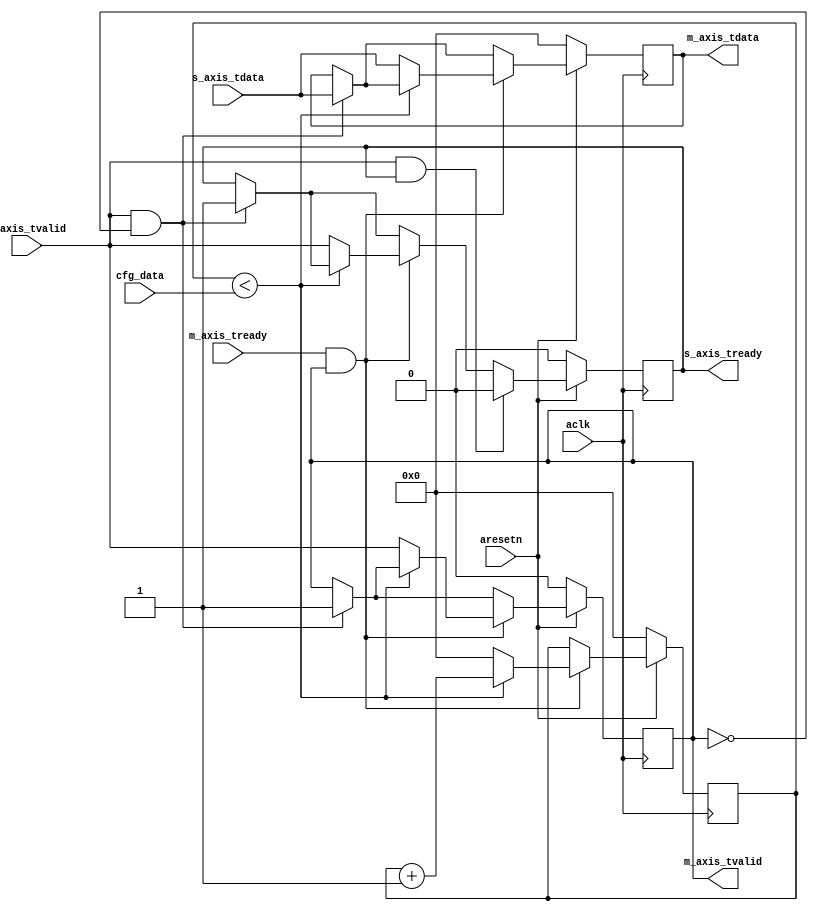
module axis_interpolator #
(
  parameter integer AXIS_TDATA_WIDTH = 32,
  parameter integer CNTR_WIDTH = 32
)
(
  // System signals
  input  wire                        aclk,
  input  wire                        aresetn,

  input  wire [CNTR_WIDTH-1:0]       cfg_data,

  // Slave side
  output wire                        s_axis_tready,
  input  wire [AXIS_TDATA_WIDTH-1:0] s_axis_tdata,
  input  wire                        s_axis_tvalid,

  // Master side
  input  wire                        m_axis_tready,
  output wire [AXIS_TDATA_WIDTH-1:0] m_axis_tdata,
  output wire                        m_axis_tvalid
);

  reg [AXIS_TDATA_WIDTH-1:0] int_tdata_reg, int_tdata_next;
  reg [CNTR_WIDTH-1:0] int_cntr_reg, int_cntr_next;
  reg int_tvalid_reg, int_tvalid_next;
  reg int_tready_reg, int_tready_next;

  always @(posedge aclk)
  begin
    if(~aresetn)
    begin
      int_tdata_reg <= {(AXIS_TDATA_WIDTH){1'b0}};
      int_tvalid_reg <= 1'b0;
      int_tready_reg <= 1'b0;
      int_cntr_reg <= {(CNTR_WIDTH){1'b0}};
    end
    else
    begin
      int_tdata_reg <= int_tdata_next;
      int_tvalid_reg <= int_tvalid_next;
      int_tready_reg <= int_tready_next;
      int_cntr_reg <= int_cntr_next;
    end
  end

  always @*
  begin
    int_tdata_next = int_tdata_reg;
    int_tvalid_next = int_tvalid_reg;
    int_tready_next = int_tready_reg;
    int_cntr_next = int_cntr_reg;

    if(s_axis_tvalid & ~int_tvalid_reg)
    begin
      int_tdata_next = s_axis_tdata;
      int_tvalid_next = 1'b1;
      int_tready_next = 1'b1;
    end

    if(m_axis_tready & int_tvalid_reg)
    begin
      if(int_cntr_reg < cfg_data)
      begin
        int_cntr_next = int_cntr_reg + 1'b1;
      end
      else
      begin
        int_cntr_next = {(CNTR_WIDTH){1'b0}};
        int_tdata_next = s_axis_tdata;
        int_tvalid_next = s_axis_tvalid;
        int_tready_next = s_axis_tvalid;
      end
    end

    if(s_axis_tvalid & int_tready_reg)
    begin
      int_tready_next = 1'b0;
    end
  end

  assign s_axis_tready = int_tready_reg;
  assign m_axis_tdata = int_tdata_reg;
  assign m_axis_tvalid = int_tvalid_reg;

endmodule